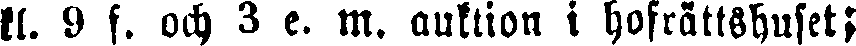
kl. 9 f. och 3 e. m. auktion i hofrättshuset;